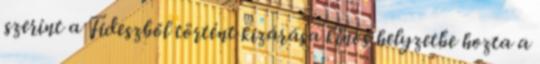
szerint a Fideszből történt kizárása kínos helyzetbe hozta a